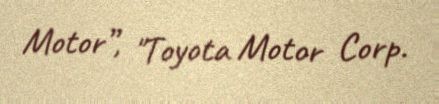
Motor”, "Toyota Motor Corp.